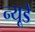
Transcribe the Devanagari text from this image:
न्यूडे